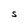
Character: S